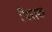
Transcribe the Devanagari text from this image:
चिराक